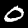
Digit: 0